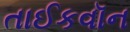
તાઈકવૉન